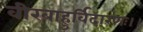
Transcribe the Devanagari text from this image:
वीरबाहुर्विदारणः।।